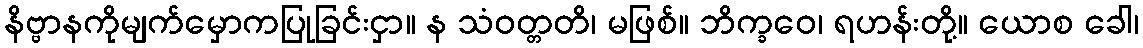
နိဗ္ဗာနကိုမျက်မှောကပြုခြင်းငှာ။ န သံဝတ္တတိ၊ မဖြစ်။ ဘိက္ခဝေ၊ ရဟန်းတို့။ ယောစ ခေါ၊